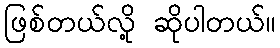
ဖြစ်တယ်လို့ ဆိုပါတယ်။